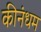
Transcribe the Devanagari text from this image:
कीनंधम